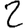
Digit: 2